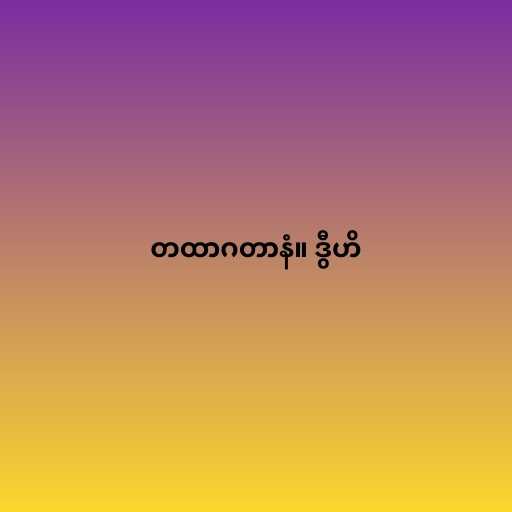
တထာဂတာနံ။ ဒွီဟိ